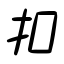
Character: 扣